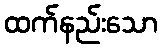
ထက်နည်းသော